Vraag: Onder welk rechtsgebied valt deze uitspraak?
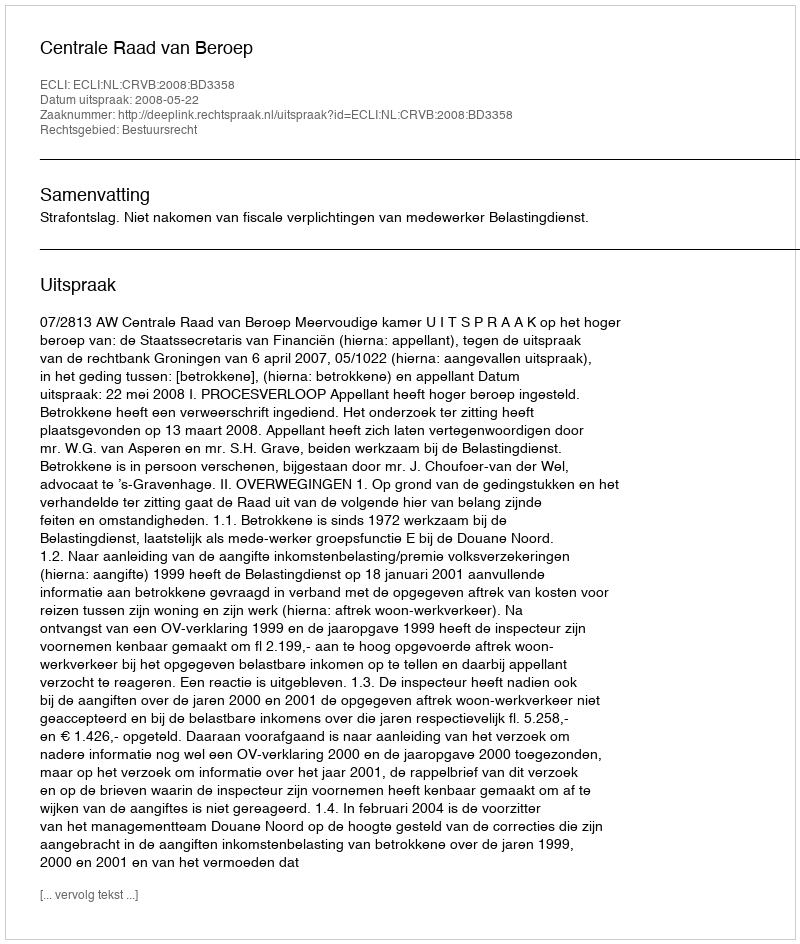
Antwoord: Bestuursrecht